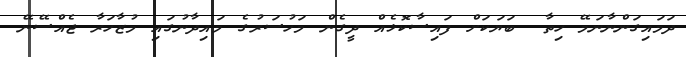
ދަމައިގަންނާނަމޭ ހިތާ  ބަޔަކަށް ފައިސާކޮޅެއް ދީގެން މަހުސަރުގެ މައިދާނުގައި މުޒާހަރާ ޖެއްސޭނޭ